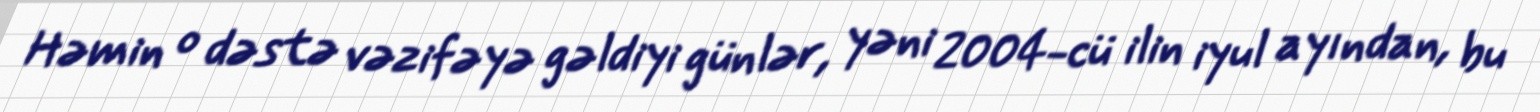
Həmin o dəstə vəzifəyə gəldiyi günlər, yəni 2004-cü ilin iyul ayından, bu